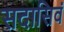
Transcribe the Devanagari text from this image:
सदासिवं